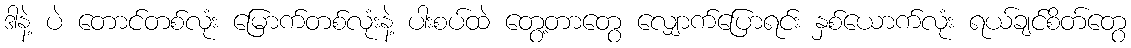
ဒါနဲ့ ပဲ တောင်တစ်လုံး မြောက်တစ်လုံးနဲ့ ပါးစပ်ထဲ တွေ့တာတွေ လျှောက်ပြောရင်း နှစ်ယောက်လုံး ရယ်ချင်စိတ်တွေ